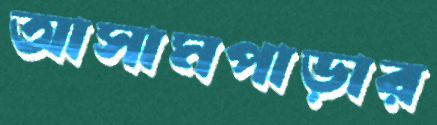
আসামপাড়ার